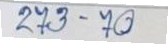
273 - 70